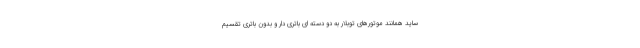
ساید همانند موتورهای توبلار به دو دسته ای باتری دار و بدون باتری تقسیم